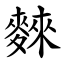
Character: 麳